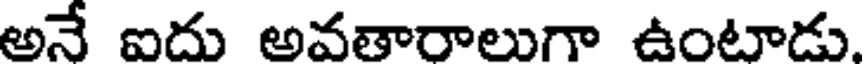
అనే ఐదు అవతారాలుగా ఉంటాడు.